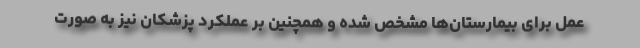
عمل برای بیمارستان‌ها مشخص شده و همچنین بر عملکرد پزشکان نیز به صورت